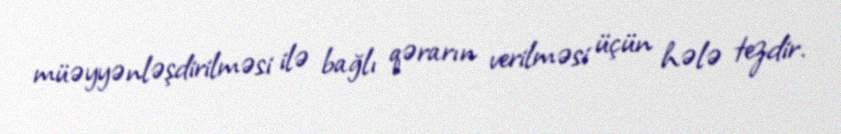
müəyyənləşdirilməsi ilə bağlı qərarın verilməsi üçün hələ tezdir.